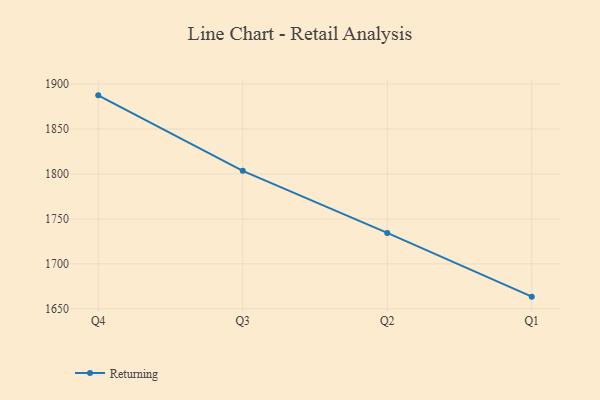
{"axis": {"x": "Quarter", "y": "Humidity (%)"}, "legend": ["Returning"], "data": [{"x": "Q4", "y": 1887.4, "type": "Returning"}, {"x": "Q3", "y": 1803.4, "type": "Returning"}, {"x": "Q2", "y": 1734.4, "type": "Returning"}, {"x": "Q1", "y": 1663.5, "type": "Returning"}]}